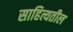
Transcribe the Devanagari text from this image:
साहित्यतील